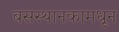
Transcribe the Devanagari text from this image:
बसस्थानकामधून